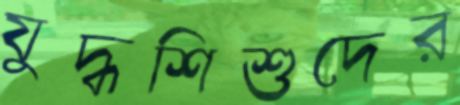
যুদ্ধশিশুদের